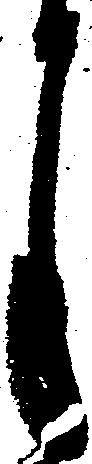
月